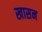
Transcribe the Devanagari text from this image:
खासन